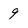
Character: 9